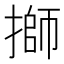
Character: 𢲐